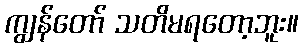
ကျွန်တော် သတိမရတော့ဘူး။